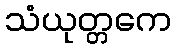
သံယုတ္တကေ